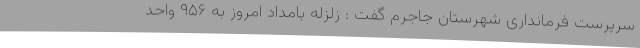
سرپرست فرمانداری شهرستان جاجرم گفت : زلزله بامداد امروز به ۹۵۶ واحد